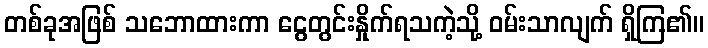
တစ်ခုအဖြစ် သဘောထားကာ ငွေတွင်းနှိုက်ရသကဲ့သို့ ဝမ်းသာလျက် ရှိကြ၏။